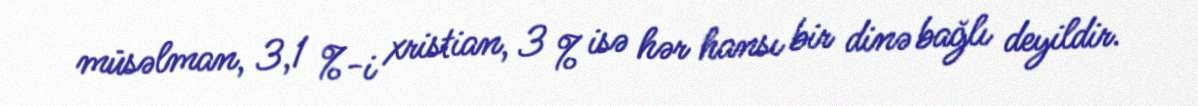
müsəlman, 3,1 %-i xristian, 3 % isə hər hansı bir dinə bağlı deyildir.